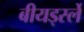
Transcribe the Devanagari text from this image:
बीयर्ड्स्ले